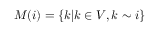
M ( i ) = \{ k | k \in V , k \sim i \}